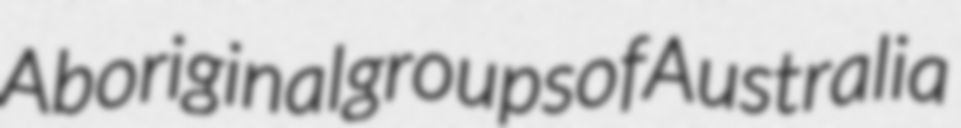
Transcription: Aboriginal groups of Australia